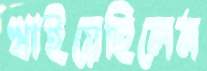
খাইয়েছিলেম